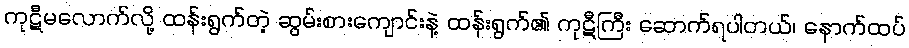
ကုဋီမလောက်လို့ ထန်းရွက်တဲ့ ဆွမ်းစားကျောင်းနဲ့ ထန်းရွက်၏ ကုဋီကြီး ဆောက်ရပါတယ်၊ နောက်ထပ်